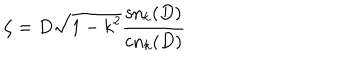
LaTeX: \zeta = D \sqrt { 1 - k ^ { 2 } } \frac { \mathrm { s n } _ { k } ( D ) } { \mathrm { c n } _ { k } ( D ) }